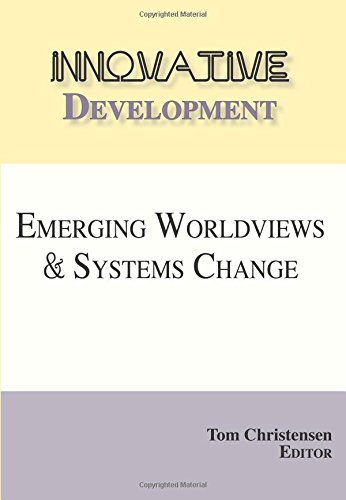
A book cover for Innovative Development; Politics & Social Sciences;